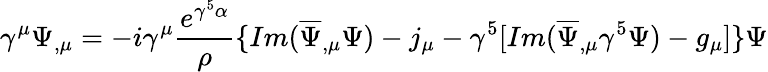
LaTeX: \gamma^{\mu}\Psi_{,\mu}=-i\gamma^{\mu}\frac{e^{\gamma^{5}\alpha}}{\rho}\{ Im(\overline{{{\Psi}}}_{,\mu}\Psi)-j_{\mu}-\gamma^{5}[Im(\overline{{{\Psi}}}_{,\mu}\gamma^{5}\Psi)-g_{\mu}]\} \Psi